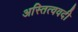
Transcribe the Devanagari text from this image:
अस्तित्ववदी